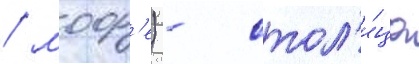
/ моор'е) - стол'и́ца